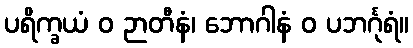
ပရိက္ခယံ ဝ ဉာတီနံ၊ ဘောဂါနံ ဝ ပဘင်္ဂုရံ။